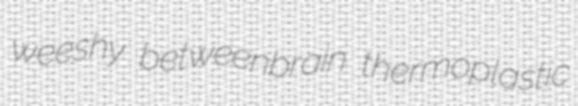
weeshy betweenbrain thermoplastic